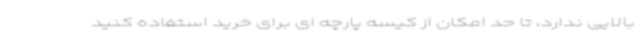
بالایی ندارد، تا حد امکان از کیسه پارچه ای برای خرید استفاده کنید